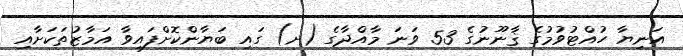
އަނިޔާ ހުއްޓުވުމުގެ ޤާނޫނުގެ 53 ވަނަ މާއްދާގެ (ށ) ގައި ބަޔާންކޮށްފައިވާ އަމާޒުތަކަށާއި